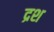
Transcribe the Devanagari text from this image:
द्रश